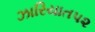
ઝારિયાત૫૨